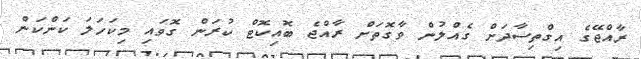
ރާއްޖޭގެ އިގްތިސާދަށް ގެއްލުން ވާގޮތަށް ރާއްޖެ ބޮއިކޮޓް ކުރަން ގޮވައި މިކަހަލަ ކަންކަން